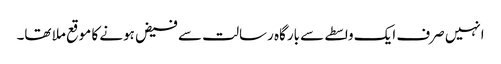
انہیں صرف ایک واسطے سے بارگاہ رسالت سے فیض ہونے کا موقع ملا تھا۔